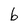
Character: 6